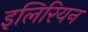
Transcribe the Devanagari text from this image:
इलिरियन